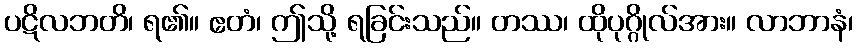
ပဋိလဘတိ၊ ရ၏။ ဧတံ၊ ဤသို့ ရခြင်းသည်။ တဿ၊ ထိုပုဂ္ဂိုလ်အား။ လာဘာနံ၊